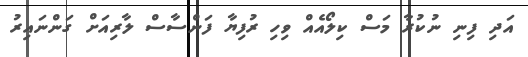
އަދި ފިނި ނުކުރާ މަސް ކިލޯއެއް ވިހި ރުފިޔާ ފަންސާސް ލާރިއަށް ގަންނައިރު